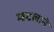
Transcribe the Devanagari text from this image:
म्हटलाने